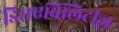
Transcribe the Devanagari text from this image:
डिसएबिलिटीज़